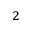
_ { 2 }